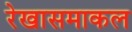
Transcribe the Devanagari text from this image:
रेखासमाकल